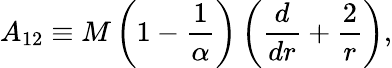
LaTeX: A_{12}\equiv M\left(1-{\frac{1}{\alpha}}\right)\left({\frac{d}{dr}}+{\frac{2}{r}}\right),